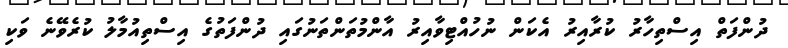
ދުންފަތް އިސްތިހާރު ކުރާއިރު އެކަން ނުހުއްޓިވާއިރު އާންމުތަންތަނުގައި ދުންފަތުގެ އިސްތިއުމާލު ކުރެވޭނެ ވަކި